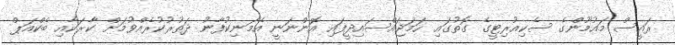
ރައީސް މައުމޫންގެ ސެކިއުރިޓީގެ ގޮތުގައި ހަމަޖައްސައިދީފައި އޮންނަނީ އެމަނިކުފާނު ދަތުރުކުރެއްވުމަށް ކާރަކާއި ބެކްއަޕް